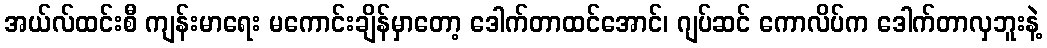
အယ်လ်ထင်းစီ ကျန်းမာရေး မကောင်းချိန်မှာတော့ ဒေါက်တာထင်အောင်၊ ဂျပ်ဆင် ကောလိပ်က ဒေါက်တာလှဘူးနဲ့